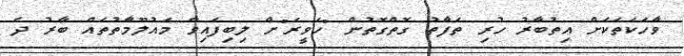
ވާހަކަތަކަށް އިތުބާރު ހުރި ތަފާތު ގޮތްގޮތުން "ހަވީރަ"ށް ލިބިފައިވާ މައުލޫމާތުތައް ބާރު ދެ